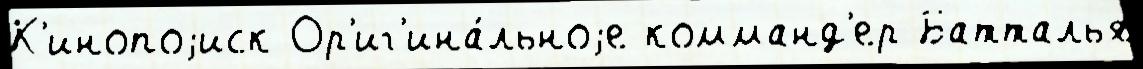
К'инопоjиск Ор'иг'ина́льноjе комманд'ер Батталья